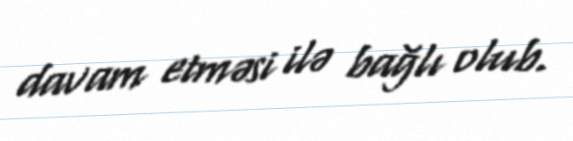
davam etməsi ilə bağlı olub.